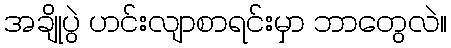
အချိုပွဲ ဟင်းလျာစာရင်းမှာ ဘာတွေလဲ။